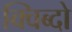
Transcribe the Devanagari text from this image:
क्विब्दो